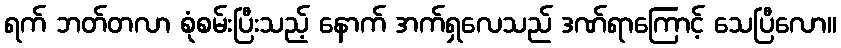
ရက် ဘတ်တလာ စုံစမ်းပြီးသည့် နောက် အက်ရှလေသည် ဒဏ်ရာကြောင့် သေပြီလော။